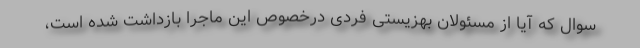
سوال که آیا از مسئولان بهزیستی فردی درخصوص این ماجرا بازداشت شده است،